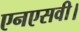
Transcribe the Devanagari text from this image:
एनएसवी।